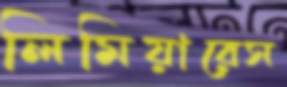
লিমিয়ারেস